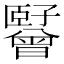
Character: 𬛪